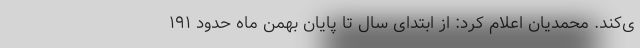
ی‌کند. محمدیان اعلام کرد: از ابتدای سال تا پایان بهمن ماه حدود ۱۹۱